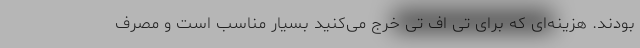
بودند. هزینه‌ای که برای تی اف تی خرج می‌کنید بسیار مناسب است و مصرف